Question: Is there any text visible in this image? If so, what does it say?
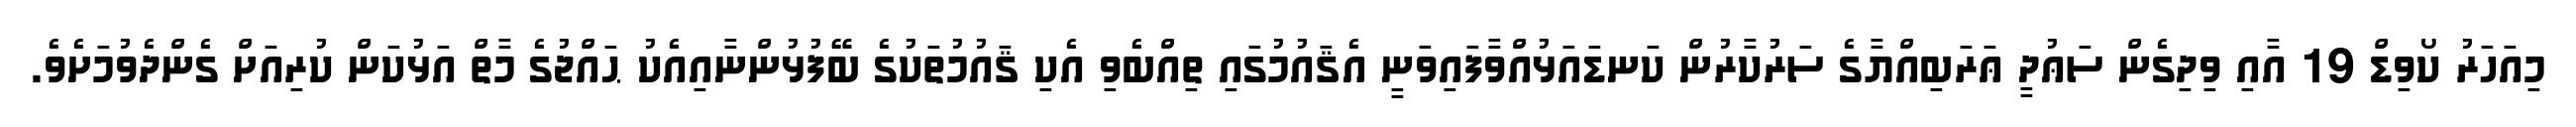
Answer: މިއަހަރު ކޯވިޑް 19 އާއި ވިދިގެން ސަޢުދީ ޢަރަބިއްޔާގެ ސަރުކާރުން ކަނޑައަޅުއްވާފައިވަނީ އެޤައުމުގައި ތިއްބެވި އެކި ޤައުމުތަކުގެ ބޭފުޅުންނާއިއެކު ޙައްޖުގެ މާތް އަޅުކަން ކުރިއަށް ގެންދެވުމަށެވެ.